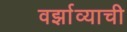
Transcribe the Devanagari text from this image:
वर्झाव्याची